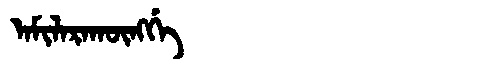
Manchu: ᠠᠮᡳᠯᠠᡵᠠᡴᡡᠩᡤᡝ
Romanization: AMILARAKŪNGGE